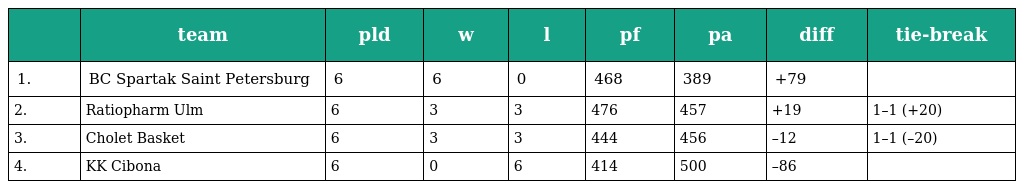
|  | team | pld | w | l | pf | pa | diff | tie-break |
 | --- | --- | --- | --- | --- | --- | --- | --- | --- |
 | 1. | BC Spartak Saint Petersburg | 6 | 6 | 0 | 468 | 389 | +79 |  |
 | 2. | Ratiopharm Ulm | 6 | 3 | 3 | 476 | 457 | +19 | 1–1 (+20) |
 | 3. | Cholet Basket | 6 | 3 | 3 | 444 | 456 | –12 | 1–1 (–20) |
 | 4. | KK Cibona | 6 | 0 | 6 | 414 | 500 | –86 |  |